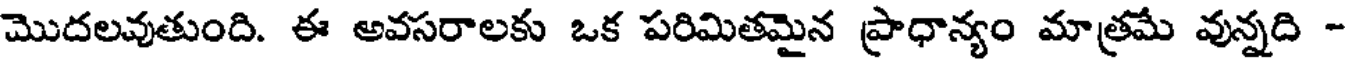
మొదలవుతుంది. ఈ అవసరాలకు ఒక పరిమితమైన ప్రాధాన్యం మాత్రమే వున్నది -